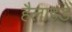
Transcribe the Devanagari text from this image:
हैलाइडें